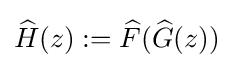
{\widehat {H}}(z):={\widehat {F}}({\widehat {G}}(z))